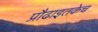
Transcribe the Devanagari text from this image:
प्रौढाइतकेच